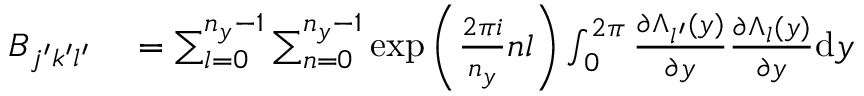
\begin{array} { r l } { B _ { j ^ { \prime } k ^ { \prime } l ^ { \prime } } } & { { } = \sum _ { l = 0 } ^ { n _ { y } - 1 } \sum _ { n = 0 } ^ { n _ { y } - 1 } \exp { \left( \frac { 2 \pi i } { n _ { y } } n l \right) } \int _ { 0 } ^ { 2 \pi } \frac { \partial \Lambda _ { l ^ { \prime } } ( y ) } { \partial y } \frac { \partial \Lambda _ { l } ( y ) } { \partial y } \mathrm { d } y } \end{array}